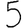
Digit: 5